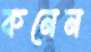
কনেন